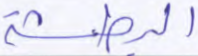
البطشة